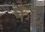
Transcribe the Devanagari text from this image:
फेडू